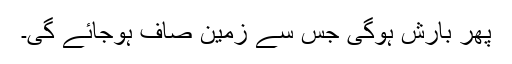
پھر بارش ہوگی جس سے زمین صاف ہوجائے گی۔